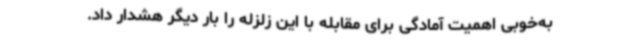
به‌خوبی اهمیت آمادگی برای مقابله با این زلزله را بار دیگر هشدار داد.